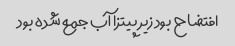
افتضاح بود زیر پیتزا آب جمع شده بود